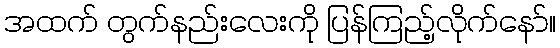
အထက် တွက်နည်းလေးကို ပြန်ကြည့်လိုက်နော်။